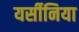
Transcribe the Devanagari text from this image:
यर्सीनिया